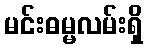
မင်းဓမ္မလမ်းရှိ